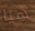
هيا